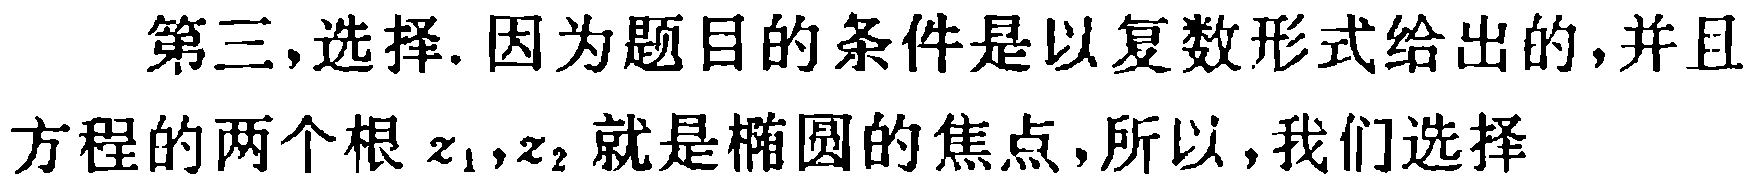
第三,选择.因为题目的条件是以复数形式给出的,并且方程的两个根\(z_{1},z_{2}\)就是椭圆的焦点,所以,我们选择